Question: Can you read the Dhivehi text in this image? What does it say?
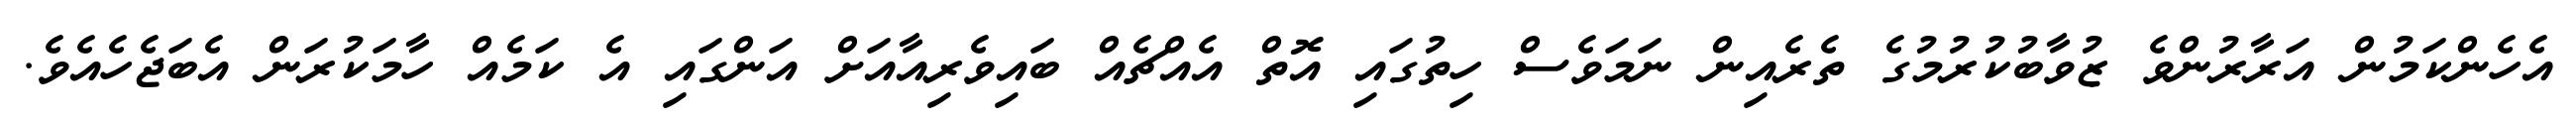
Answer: އެހެންކަމުން އަރާރުންވެ ޒުވާބުކުރުމުގެ ތެރެއިން ނަމަވެސް ހިތުގައި އޮތް އެއްޗެއް ބައިވެރިއާއަށް އަންގައި އެ ކަމެއް ހާމަކުރަން އެބަޖެހެއެވެ.